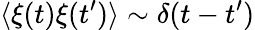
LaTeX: \langle\xi(t)\xi(t^{\prime})\rangle\sim\delta(t-t^{\prime})